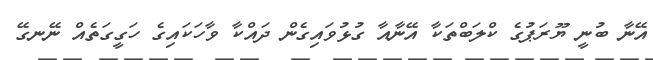
އޭނާ ބުނީ ޔޫރަޕުގެ ކްލަބްތަކާ އޭނާއާ ގުޅުވައިގެން ދައްކާ ވާހަކައިގެ ހަގީގަތެއް ނޭނގޭ